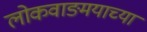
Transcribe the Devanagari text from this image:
लोकवाङ्मयाच्या